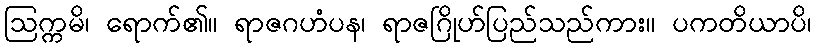
ဩက္ကမိ၊ ရောက်၏။ ရာဇဂဟံပန၊ ရာဇဂြိုဟ်ပြည်သည်ကား။ ပကတိယာပိ၊